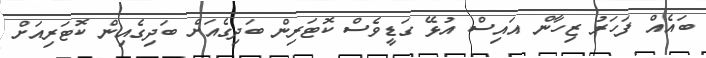
ބައެއް ފަހަރު ޒިހާން އައިސް އުޅޭ ގަޑީވެސް ކޮޓަރިން ބަދިގެއަށް ބަދިގެއިން ކޮޓަރިއަށް